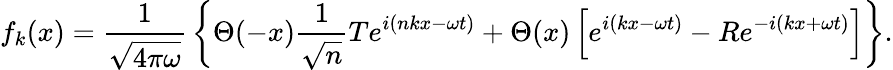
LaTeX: f_{k}(x)={\frac{1}{\sqrt{4\pi\omega}}}\left\{ \Theta(-x){\frac{1}{\sqrt{n}}}Te^{i(nkx-\omega t)}+\Theta(x)\left[e^{i(kx-\omega t)}-Re^{-i(kx+\omega t)}\right]\right\} .